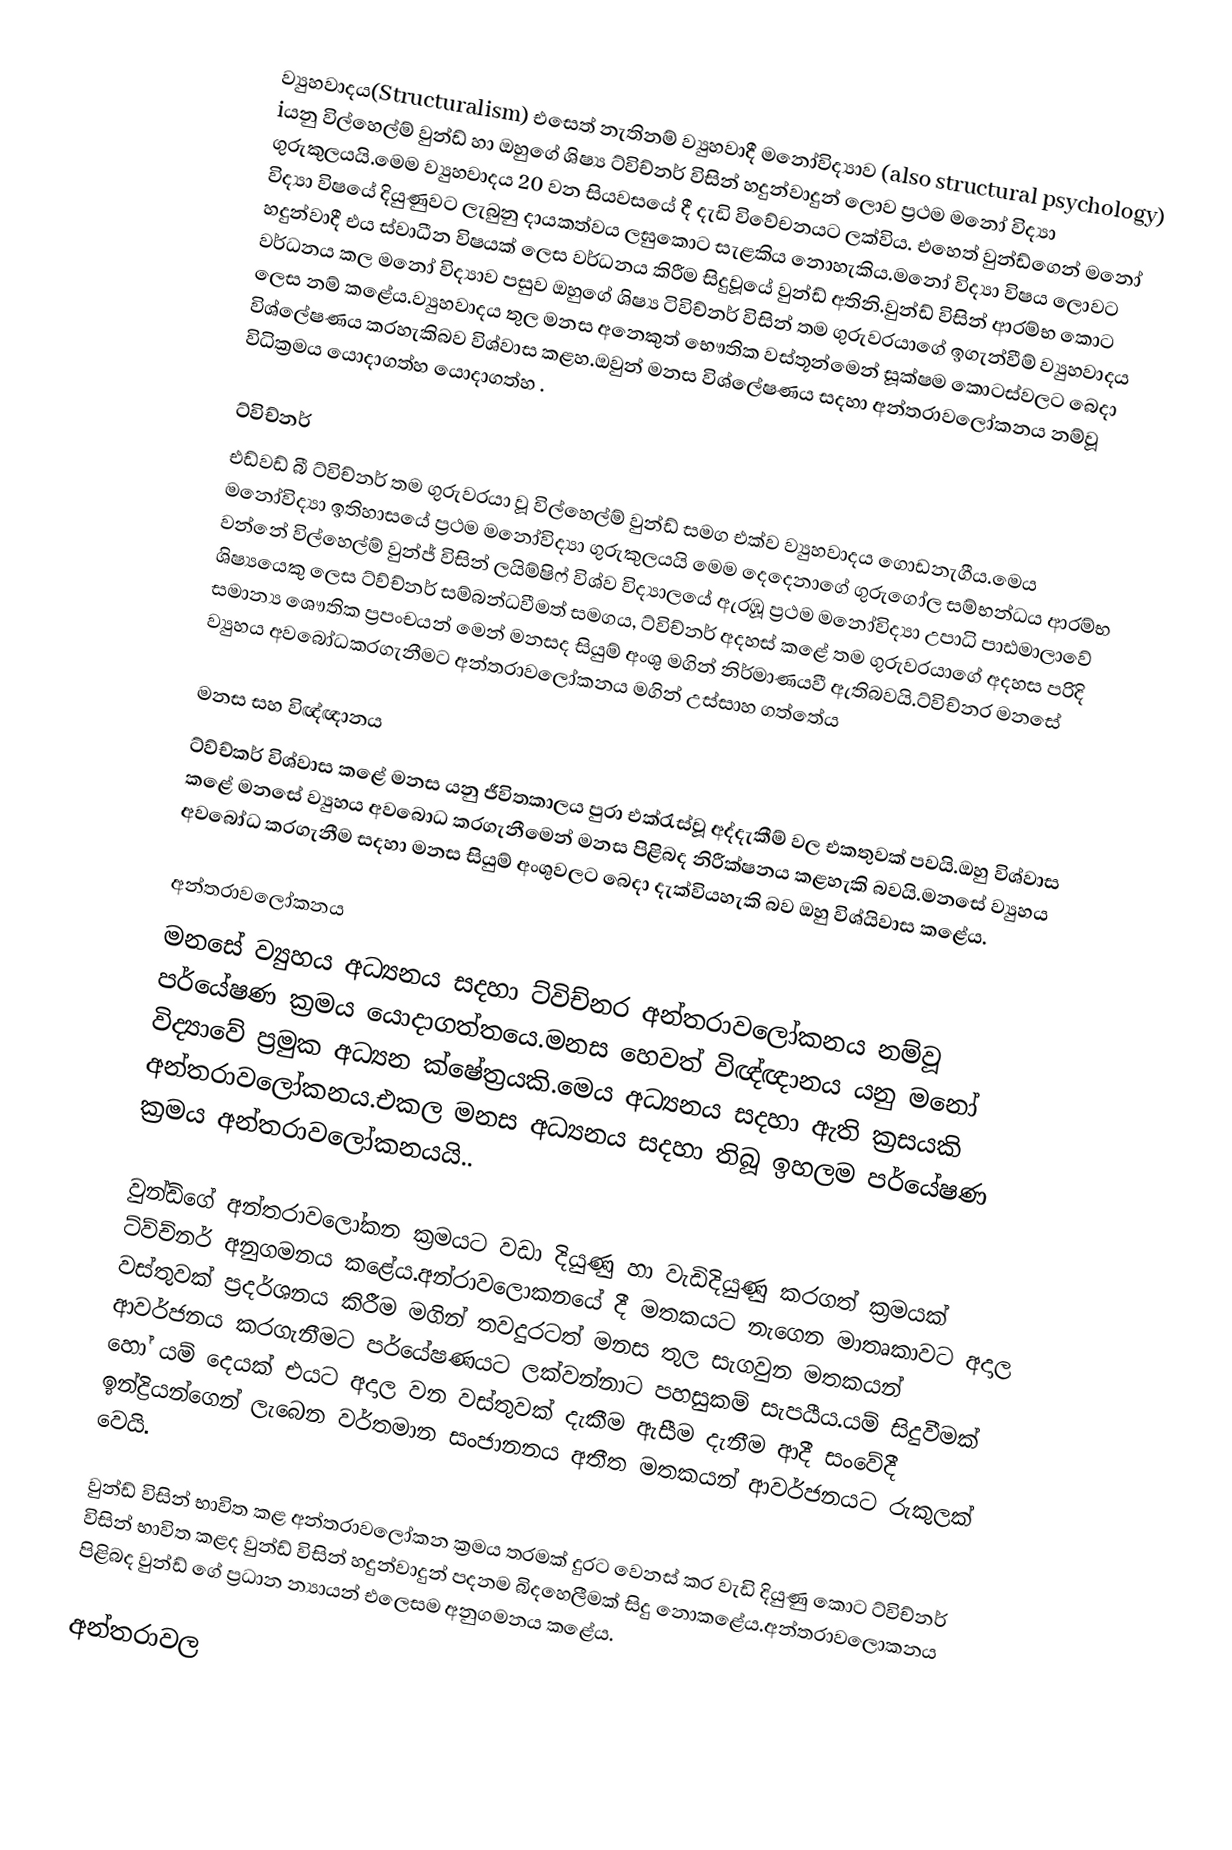
ව්‍යුහවාදය(Structuralism) එසෙත් නැතිනම් ව්‍යුහවාදී මනෝවිද්‍යාව (also structural psychology) iයනු විල්හෙල්ම් වුන්ඩ් හා ඔහුගේ ශිෂ්‍ය ට්විච්නර් විසින් හදුන්වාදුන් ලොව ප්‍රථම මනෝ විද්‍යා ගුරුකුලයයි.මෙම ව්‍යුහවාදය 20 වන සියවසයේ දී දැඩි විවේචනයට ලක්විය. එහෙත් වුන්ඩ්ගෙන් මනෝ විද්‍යා විෂයේ දියුණුවට ලැබුනු දායකත්වය ලඝුකොට සැළකිය නොහැකිය.මනෝ විද්‍යා විෂය ලොවට හදුන්වාදී එය ස්වාධීන විෂයක් ලෙස වර්ධනය කිරීම සිදුවූයේ වුන්ඩ් අතිනි.වුන්ඩ් විසින් ආරම්භ කොට වර්ධනය කල මනෝ විද්‍යාව පසුව ඔහුගේ ශිෂ්‍ය ටිවිච්නර් විසින් තම ගුරුවරයාගේ ඉගැන්වීම් ව්‍යුහවාදය ලෙස නම් කළේය.ව්‍යුහවාදය තුල මනස අනෙකුත් භෞතික වස්තූන්මෙන් සූක්ෂම කොටස්වලට බෙදා විශ්ලේෂණය කරහැකිබව විශ්වාස කළහ.ඔවුන් මනස විශ්ලේෂණය සදහා අන්තරාවලෝකනය නම්වූ විධික්‍රමය යොදාගත්හ යොදාගත්හ .

ට්විච්නර්
එඩ්වඩ් බී ට්විච්නර් තම ගුරුවරයා වූ විල්හෙල්ම් වුන්ඩ් සමග එක්ව ව්‍යුහවාදය ගොඩනැගීය.මෙය මනෝවිද්‍යා ඉතිහාසයේ ප්‍රථම මනෝවිද්‍යා ගුරුකුලයයි මෙම දෙදෙනාගේ ගුරුගෝල සම්භන්ධය ආරම්භ වන්නේ විල්හෙල්ම් වුන්ජ් විසින් ලයිම්ෂිෆ් විශ්ව විද්‍යාලයේ ඇරඹූ ප්‍රථම මනෝවිද්‍යා උපාධි පාඪමාලාවේ ශිෂ්‍යයෙකු ලෙස ට්ව්ච්නර් සම්බන්ධවීමත් සමගය, ට්විච්නර් අදහස් කළේ තම ගුරුවරයාගේ අදහස පරිදි සමාන්‍ය ශෞතික ප්‍රපංචයන් මෙන් මනසද සියුම් අංශු මගින් නිර්මාණයවී ඇතිබවයි.ට්විච්නර මනසේ ව්‍යුහය අවබෝධකරගැනීමට අන්තරාවලෝකනය මගින් උස්සාහ ගත්තේය

මනස සහ විඥ්ඥානය
ට්ව්ච්කර් විශ්වාස කළේ මනස යනු ජීවිතකාලය පුරා එක්රැස්වූ අද්දැකීම් වල එකතුවක් පවයි.ඔහු විශ්වාස කළේ මනසේ ව්‍යුහය අවබොධ කරගැනීමෙන් මනස පිළිබද නිරීක්ෂනය කළහැකි බවයි.මනසේ ව්‍යුහය අවබෝධ කරගැනීම සදහා මනස සියුම් අංශුවලට බෙදා දැක්වියහැකි බව ඔහු විශ්යිවාස කළේය.

අන්තරාවලෝකනය
මනසේ ව්‍යුහය අධ්‍යනය සදහා ට්විච්නර අන්තරාවලෝකනය නම්වූ පර්යේෂණ ක්‍රමය යොදාගත්තයෙ.මනස හෙවත් විඥ්ඥානය යනු මනෝ විද්‍යාවේ ප්‍රමුක අධ්‍යන ක්ෂේත්‍රයකි.මෙය අධ්‍යනය සදහා ඇති ක්‍රසයකි අන්තරාවලෝකනය.එකල මනස අධ්‍යනය සදහා තිබූ ඉහලම පර්යේෂණ ක්‍රමය අන්තරාවලෝකනයයි..

වුන්ඩ්ගේ අන්තරාවලෝකන ක්‍රමයට වඩා දියුණු හා වැඩිදියුණු කරගත් ක්‍රමයක් ට්ව්ච්නර් අනුගමනය කළේය.අන්රාවලොකනයේ දී මතකයට නැගෙන මාතෘකාවට අදාල වස්තුවක් ප්‍රදර්ශනය කිරීම මගින් තවදුරටත් මනස තුල සැගවුන මතකයන් ආවර්ජනය කරගැනීමට පර්යේෂණයට ලක්වන්නාට පහසුකම් සැපයීය.යම් සිදුවීමක් හෝ යම් දෙයක් එයට අදාල වන වස්තුවක් දැකීම ඇසීම දැනීම ආදී සංවේදී ඉන්ද්‍රියන්ගෙන් ලැබෙන වර්තමාන සංජානනය අතීත මතකයන් ආවර්ජනයට රුකුලක් වෙයි.

වුන්ඩ් විසින් භාවිත කළ අන්තරාවලෝකන ක්‍රමය තරමක් දුරට වෙනස් කර වැඩි දියුණු කොට ට්විච්නර් විසින් භාවිත කළද වුන්ඩ් විසින් හදුන්වාදුන් පදනම බිදහෙලීමක් සිදු නොකළේය.අන්තරාවලොකනය පිළිබද වුන්ඩ් ගේ ප්‍රධාන න්‍යායන් එලෙසම අනුගමනය කළේය.

අන්තරාවල